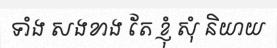
ទាំង សងខាង តែ ខ្ញុំ សុំ និយាយ